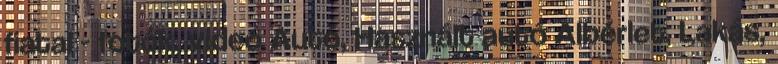
fiatal - fotók, videó Autó, Használt autó Albérlet, Lakás,